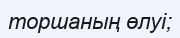
торшаның өлуі;